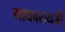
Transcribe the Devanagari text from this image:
माधवरायजी